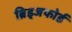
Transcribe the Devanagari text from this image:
ब्रिड्जफोर्ड